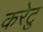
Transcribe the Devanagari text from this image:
करेटु